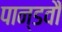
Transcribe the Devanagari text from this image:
पान्डवौ